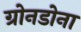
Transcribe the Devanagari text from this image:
ग्रोनडोना